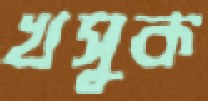
খসুক